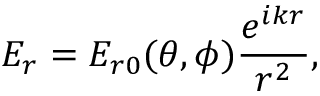
E _ { r } = E _ { r 0 } ( \theta , \phi ) \frac { e ^ { i k r } } { r ^ { 2 } } ,